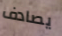
يصادف